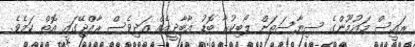
ރައީސް މައުމޫންގެ ސިޔާސަތަށް ލޯބިކުރާ ބޮޑު އާބާދީއެއް އަދިވެސް ރާއްޖޭގައި އޮތް ކަމެވެ.